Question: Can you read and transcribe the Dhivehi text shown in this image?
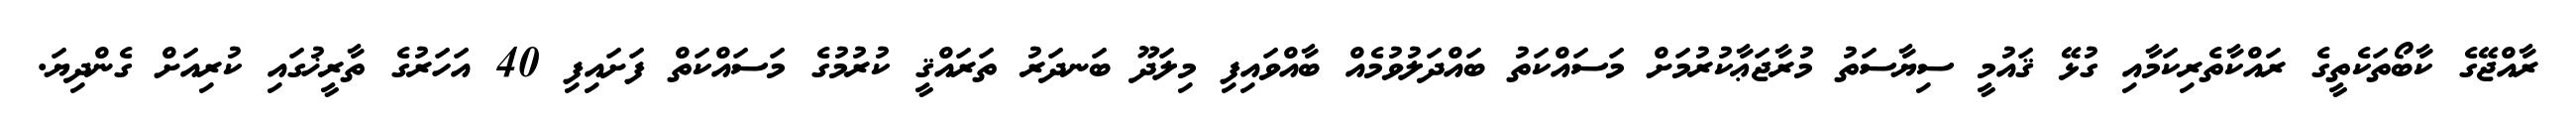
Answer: ރާއްޖޭގެ ކާބޯތަކެތީގެ ރައްކާތެރިކަމާއި ގުޅޭ ޤައުމީ ސިޔާސަތު މުރާޖަޢާކުރުމަށް މަސައްކަތު ބައްދަލުވުމެއް ބާއްވައިފި މިލަދޫ ބަނދަރު ތަރައްޤީ ކުރުމުގެ މަސައްކަތް ފަށައިފި 40 އަހަރުގެ ތާރީޚުގައި ކުރިއަށް ގެންދިޔަ.